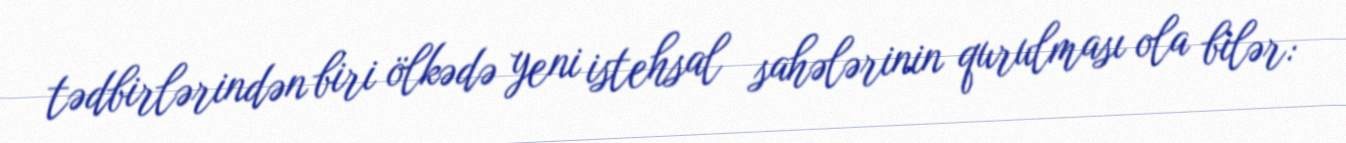
tədbirlərindən biri ölkədə yeni istehsal sahələrinin qurulması ola bilər: